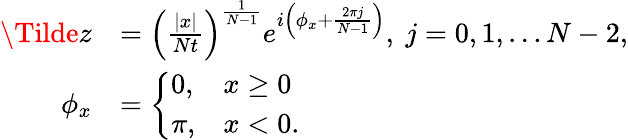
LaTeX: \begin{array}{rl}{\Tilde{z}}&{=\left(\frac{|x|}{Nt}\right)^{\frac{1}{N-1}}e^{i\left(\phi_{x}+\frac{2\pi j}{N-1}\right)},\ j=0,1,\dots N-2,}\\ {\phi_{x}}&{=\left\{ \begin{array}{ll}{0,}&{x\geq 0}\\ {\pi,}&{x<0.}\end{array}\right.}\end{array}